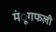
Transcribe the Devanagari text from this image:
मंूगफली